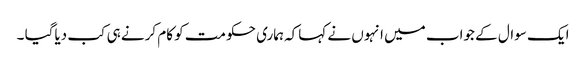
ایک سوال کے جواب میں انہوں نے کہاکہ ہماری حکومت کو کام کرنے ہی کب دیاگیا ۔